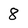
Character: 8